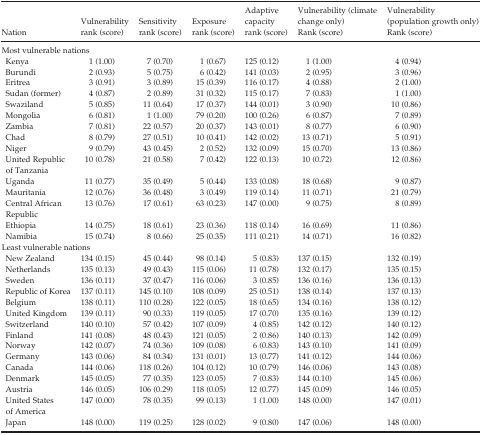
<table><thead><tr><td><b>Nation</b></td><td><b>Vulnerability rank (score)</b></td><td><b>Sensitivity rank (score)</b></td><td><b>Exposure rank (score)</b></td><td><b>Adaptive capacity rank (score)</b></td><td><b>Vulnerability (climate change only) Rank (score)</b></td><td><b>Vulnerability (population growth only) Rank (score)</b></td></tr></thead><tbody><tr><td colspan="7">Most vulnerable nations</td></tr><tr><td> Kenya</td><td>1 (1.00)</td><td>7 (0.70)</td><td>1 (0.67)</td><td>125 (0.12)</td><td>1 (1.00)</td><td>4 (0.94)</td></tr><tr><td> Burundi</td><td>2 (0.93)</td><td>5 (0.75)</td><td>6 (0.42)</td><td>141 (0.03)</td><td>2 (0.95)</td><td>3 (0.96)</td></tr><tr><td> Eritrea</td><td>3 (0.91)</td><td>3 (0.89)</td><td>15 (0.39)</td><td>116 (0.17)</td><td>4 (0.88)</td><td>2 (1.00)</td></tr><tr><td> Sudan (former)</td><td>4 (0.87)</td><td>2 (0.89)</td><td>31 (0.32)</td><td>115 (0.17)</td><td>7 (0.83)</td><td>1 (1.00)</td></tr><tr><td> Swaziland</td><td>5 (0.85)</td><td>11 (0.64)</td><td>17 (0.37)</td><td>144 (0.01)</td><td>3 (0.90)</td><td>10 (0.86)</td></tr><tr><td> Mongolia</td><td>6 (0.81)</td><td>1 (1.00)</td><td>79 (0.20)</td><td>100 (0.26)</td><td>6 (0.87)</td><td>7 (0.89)</td></tr><tr><td> Zambia</td><td>7 (0.81)</td><td>22 (0.57)</td><td>20 (0.37)</td><td>143 (0.01)</td><td>8 (0.77)</td><td>6 (0.90)</td></tr><tr><td> Chad</td><td>8 (0.79)</td><td>27 (0.51)</td><td>10 (0.41)</td><td>142 (0.02)</td><td>13 (0.71)</td><td>5 (0.91)</td></tr><tr><td> Niger</td><td>9 (0.79)</td><td>43 (0.45)</td><td>2 (0.52)</td><td>132 (0.09)</td><td>15 (0.70)</td><td>13 (0.86)</td></tr><tr><td> United Republic of Tanzania</td><td>10 (0.78)</td><td>21 (0.58)</td><td>7 (0.42)</td><td>122 (0.13)</td><td>10 (0.72)</td><td>12 (0.86)</td></tr><tr><td> Uganda</td><td>11 (0.77)</td><td>35 (0.49)</td><td>5 (0.44)</td><td>133 (0.08)</td><td>18 (0.68)</td><td>9 (0.87)</td></tr><tr><td> Mauritania</td><td>12 (0.76)</td><td>36 (0.48)</td><td>3 (0.49)</td><td>119 (0.14)</td><td>11 (0.71)</td><td>21 (0.79)</td></tr><tr><td> Central African Republic</td><td>13 (0.76)</td><td>17 (0.61)</td><td>63 (0.23)</td><td>147 (0.00)</td><td>9 (0.75)</td><td>8 (0.89)</td></tr><tr><td> Ethiopia</td><td>14 (0.75)</td><td>18 (0.61)</td><td>23 (0.36)</td><td>118 (0.14)</td><td>16 (0.69)</td><td>11 (0.86)</td></tr><tr><td> Namibia</td><td>15 (0.74)</td><td>8 (0.66)</td><td>25 (0.35)</td><td>111 (0.21)</td><td>14 (0.71)</td><td>16 (0.82)</td></tr><tr><td colspan="7">Least vulnerable nations</td></tr><tr><td> New Zealand</td><td>134 (0.15)</td><td>45 (0.44)</td><td>98 (0.14)</td><td>5 (0.83)</td><td>137 (0.15)</td><td>132 (0.19)</td></tr><tr><td> Netherlands</td><td>135 (0.13)</td><td>49 (0.43)</td><td>115 (0.06)</td><td>11 (0.78)</td><td>132 (0.17)</td><td>135 (0.15)</td></tr><tr><td> Sweden</td><td>136 (0.11)</td><td>37 (0.47)</td><td>116 (0.06)</td><td>3 (0.85)</td><td>136 (0.16)</td><td>136 (0.13)</td></tr><tr><td> Republic of Korea</td><td>137 (0.11)</td><td>145 (0.10)</td><td>108 (0.09)</td><td>25 (0.51)</td><td>138 (0.14)</td><td>137 (0.13)</td></tr><tr><td> Belgium</td><td>138 (0.11)</td><td>110 (0.28)</td><td>122 (0.05)</td><td>18 (0.65)</td><td>134 (0.16)</td><td>138 (0.12)</td></tr><tr><td> United Kingdom</td><td>139 (0.11)</td><td>90 (0.33)</td><td>119 (0.05)</td><td>17 (0.70)</td><td>135 (0.16)</td><td>139 (0.12)</td></tr><tr><td> Switzerland</td><td>140 (0.10)</td><td>57 (0.42)</td><td>107 (0.09)</td><td>4 (0.85)</td><td>142 (0.12)</td><td>140 (0.12)</td></tr><tr><td> Finland</td><td>141 (0.08)</td><td>48 (0.43)</td><td>121 (0.05)</td><td>2 (0.86)</td><td>140 (0.13)</td><td>142 (0.09)</td></tr><tr><td> Norway</td><td>142 (0.07)</td><td>74 (0.36)</td><td>109 (0.08)</td><td>6 (0.83)</td><td>143 (0.10)</td><td>141 (0.09)</td></tr><tr><td> Germany</td><td>143 (0.06)</td><td>84 (0.34)</td><td>131 (0.01)</td><td>13 (0.77)</td><td>141 (0.12)</td><td>144 (0.06)</td></tr><tr><td> Canada</td><td>144 (0.06)</td><td>118 (0.26)</td><td>104 (0.12)</td><td>10 (0.79)</td><td>146 (0.06)</td><td>143 (0.08)</td></tr><tr><td> Denmark</td><td>145 (0.05)</td><td>77 (0.35)</td><td>123 (0.05)</td><td>7 (0.83)</td><td>144 (0.10)</td><td>145 (0.06)</td></tr><tr><td> Austria</td><td>146 (0.05)</td><td>106 (0.29)</td><td>118 (0.05)</td><td>12 (0.77)</td><td>145 (0.09)</td><td>146 (0.05)</td></tr><tr><td> United States of America</td><td>147 (0.00)</td><td>78 (0.35)</td><td>99 (0.13)</td><td>1 (1.00)</td><td>148 (0.00)</td><td>147 (0.01)</td></tr><tr><td> Japan</td><td>148 (0.00)</td><td>119 (0.25)</td><td>128 (0.02)</td><td>9 (0.80)</td><td>147 (0.06)</td><td>148 (0.00)</td></tr></tbody></table>